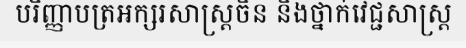
បរិញ្ញាបត្រអក្សរសាស្ត្រចិន និងថ្នាក់វេជ្ជសាស្ត្រ